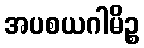
အပစယဂါမိဉ္စ